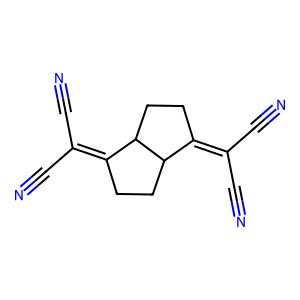
SMILES: N#CC(C#N)=C1CCC2C(=C(C#N)C#N)CCC12
Inhibits HIV replication: No